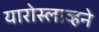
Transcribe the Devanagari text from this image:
यारोस्लाव्हने